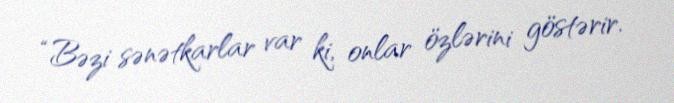
“Bəzi sənətkarlar var ki, onlar özlərini göstərir.